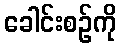
ခေါင်းစဉ်ကို